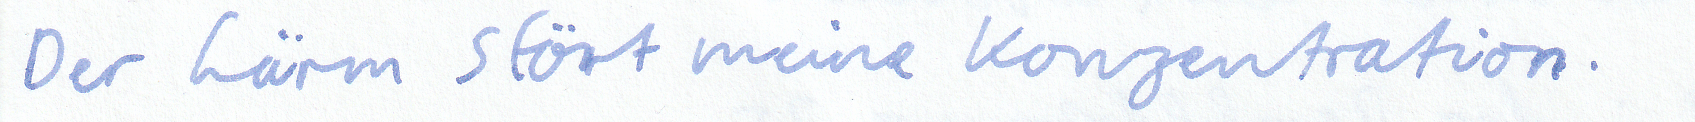
Der Lärm stört meine Konzentration.